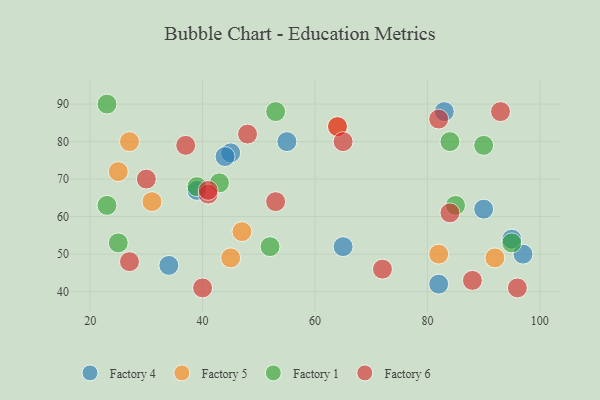
{"axis": {"x": "GDP", "y": "Life Expectancy"}, "legend": ["Factory 1", "Factory 4", "Factory 5", "Factory 6"], "data": [{"x": "45", "y": 77, "type": "Factory 4"}, {"x": "82", "y": 42, "type": "Factory 4"}, {"x": "95", "y": 54, "type": "Factory 4"}, {"x": "39", "y": 67, "type": "Factory 4"}, {"x": "34", "y": 47, "type": "Factory 4"}, {"x": "97", "y": 50, "type": "Factory 4"}, {"x": "65", "y": 52, "type": "Factory 4"}, {"x": "90", "y": 62, "type": "Factory 4"}, {"x": "44", "y": 76, "type": "Factory 4"}, {"x": "83", "y": 88, "type": "Factory 4"}, {"x": "55", "y": 80, "type": "Factory 4"}, {"x": "64", "y": 84, "type": "Factory 5"}, {"x": "27", "y": 80, "type": "Factory 5"}, {"x": "25", "y": 72, "type": "Factory 5"}, {"x": "47", "y": 56, "type": "Factory 5"}, {"x": "82", "y": 50, "type": "Factory 5"}, {"x": "92", "y": 49, "type": "Factory 5"}, {"x": "45", "y": 49, "type": "Factory 5"}, {"x": "31", "y": 64, "type": "Factory 5"}, {"x": "43", "y": 69, "type": "Factory 1"}, {"x": "95", "y": 53, "type": "Factory 1"}, {"x": "84", "y": 80, "type": "Factory 1"}, {"x": "39", "y": 68, "type": "Factory 1"}, {"x": "23", "y": 63, "type": "Factory 1"}, {"x": "85", "y": 63, "type": "Factory 1"}, {"x": "53", "y": 88, "type": "Factory 1"}, {"x": "23", "y": 90, "type": "Factory 1"}, {"x": "52", "y": 52, "type": "Factory 1"}, {"x": "25", "y": 53, "type": "Factory 1"}, {"x": "90", "y": 79, "type": "Factory 1"}, {"x": "53", "y": 64, "type": "Factory 6"}, {"x": "72", "y": 46, "type": "Factory 6"}, {"x": "40", "y": 41, "type": "Factory 6"}, {"x": "82", "y": 86, "type": "Factory 6"}, {"x": "37", "y": 79, "type": "Factory 6"}, {"x": "88", "y": 43, "type": "Factory 6"}, {"x": "27", "y": 48, "type": "Factory 6"}, {"x": "93", "y": 88, "type": "Factory 6"}, {"x": "84", "y": 61, "type": "Factory 6"}, {"x": "48", "y": 82, "type": "Factory 6"}, {"x": "41", "y": 66, "type": "Factory 6"}, {"x": "96", "y": 41, "type": "Factory 6"}, {"x": "64", "y": 84, "type": "Factory 6"}, {"x": "41", "y": 67, "type": "Factory 6"}, {"x": "30", "y": 70, "type": "Factory 6"}, {"x": "65", "y": 80, "type": "Factory 6"}]}